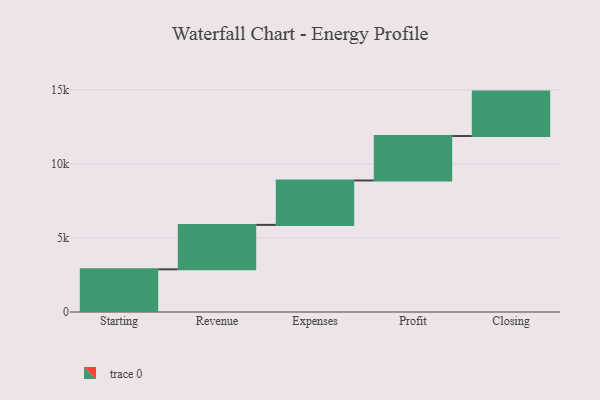
{"axis": {"x": "Step", "y": "Value"}, "legend": [""], "data": [{"x": "Starting", "y": 2882.0, "type": ""}, {"x": "Revenue", "y": 3000, "type": ""}, {"x": "Expenses", "y": 3000, "type": ""}, {"x": "Profit", "y": 3000, "type": ""}, {"x": "Closing", "y": 3000, "type": ""}]}